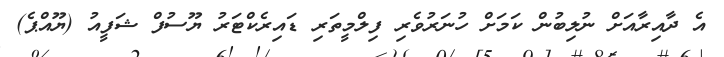
އެ ދާއިރާއަށް ނުލިބުން ކަމަށް ހުނަރުވެރި ފިލްމީތަރި ޑައިރެކްޓަރު ޔޫސުފް ޝަފީއު (ޔޫއްޕެ)